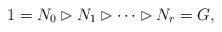
\begin{align*}1=N_0\rhd N_1\rhd \cdots \rhd N_r=G,\end{align*}